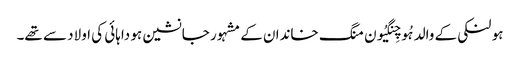
ہو لنکی کے والد ہُو چِنگیُون منگ خاندان کے مشہور جانشین ہو داہائی کی اولاد سے تھے۔